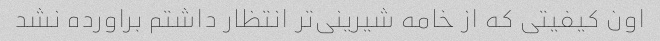
اون کیفیتی که از خامه شیرینی‌تر انتظار داشتم براورده نشد